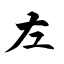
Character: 左